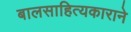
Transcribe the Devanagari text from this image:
बालसाहित्यकाराने